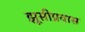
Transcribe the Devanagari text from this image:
झूसीप्रवास